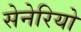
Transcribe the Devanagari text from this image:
सेनेरियो